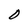
Character: 0